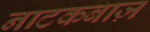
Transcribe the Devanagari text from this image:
नाटकबाज़